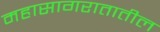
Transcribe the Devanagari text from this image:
महासागरातातील